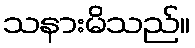
သနားမိသည်။